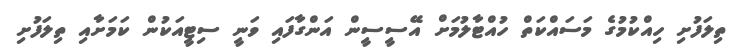
ތިލަފުށި ހިއްކުމުގެ މަސައްކަތް ހުއްޓާލުމަށް އޭސީސީން އަންގާފައި ވަނީ ސިޓީއަކުން ކަމަށާއި ތިލަފުށި